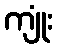
ကျုံး